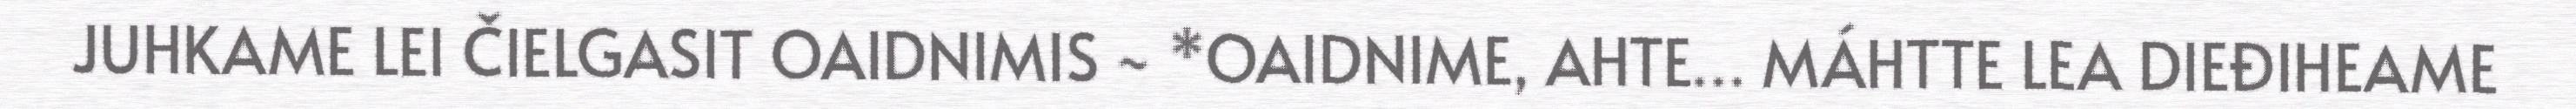
JUHKAME LEI ČIELGASIT OAIDNIMIS ~ *OAIDNIME, AHTE… MÁHTTE LEA DIEĐIHEAME